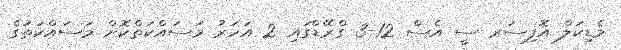
މެޑިކަލް އޮފިސަރ ސީ އެސް 12-3 ގްރޭޑްގައި 2 އަހަރު މަސައްކަތްކޮށް މަސައްކަތުގެ